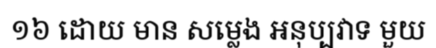
១៦ ដោយ មាន សម្លេង អនុប្បវាទ មួយ